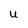
Character: u